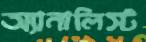
অ্যানালিস্ট